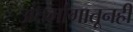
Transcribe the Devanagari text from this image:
अंतर्भागातूनही